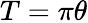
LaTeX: T=\pi\theta